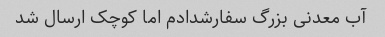
آب معدنی بزرگ سفارشدادم اما کوچک ارسال شد